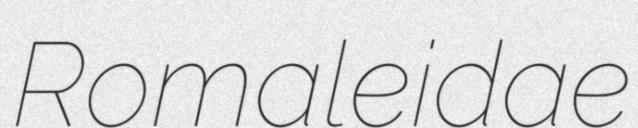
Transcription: Romaleidae